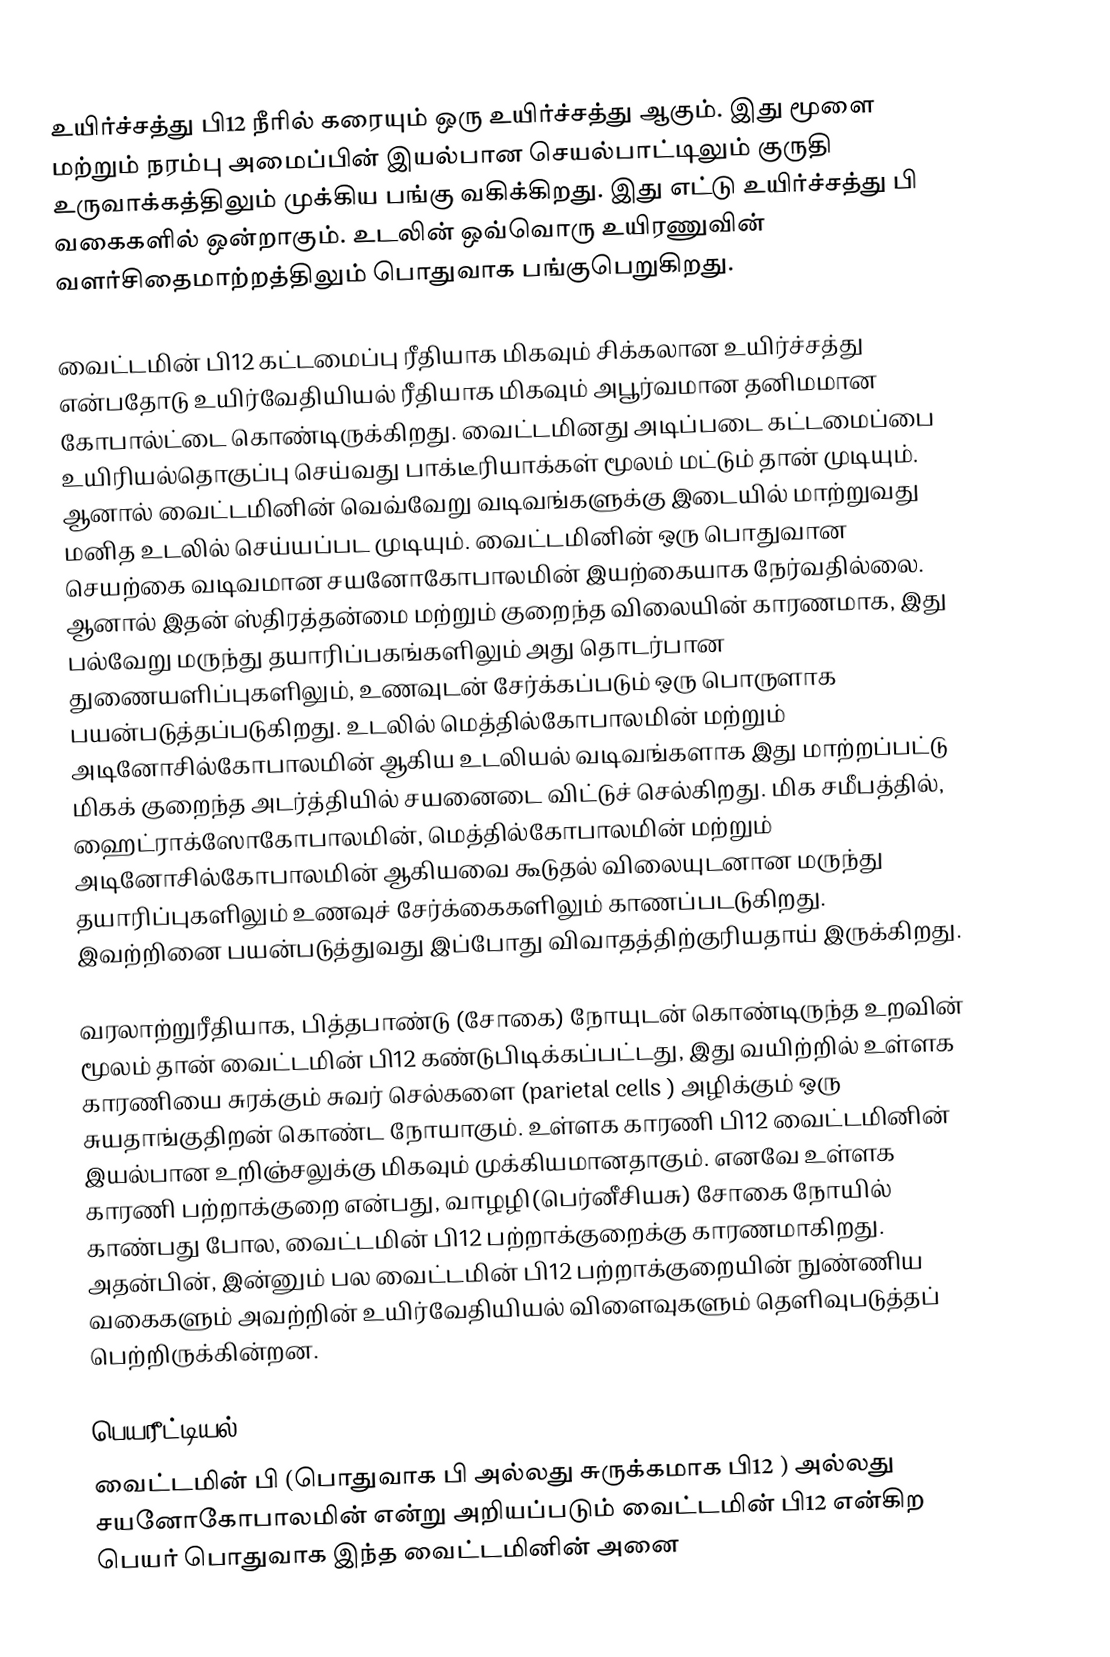
உயிர்ச்சத்து பி12 நீரில் கரையும் ஒரு உயிர்ச்சத்து ஆகும். இது மூளை மற்றும் நரம்பு அமைப்பின் இயல்பான செயல்பாட்டிலும் குருதி உருவாக்கத்திலும் முக்கிய பங்கு வகிக்கிறது. இது எட்டு உயிர்ச்சத்து பி வகைகளில் ஒன்றாகும். உடலின் ஒவ்வொரு உயிரணுவின் வளர்சிதைமாற்றத்திலும் பொதுவாக பங்குபெறுகிறது.

வைட்டமின் பி12 கட்டமைப்பு ரீதியாக மிகவும் சிக்கலான உயிர்ச்சத்து என்பதோடு உயிர்வேதியியல் ரீதியாக மிகவும் அபூர்வமான தனிமமான கோபால்ட்டை கொண்டிருக்கிறது. வைட்டமினது அடிப்படை கட்டமைப்பை உயிரியல்தொகுப்பு செய்வது பாக்டீரியாக்கள் மூலம் மட்டும் தான் முடியும். ஆனால் வைட்டமினின் வெவ்வேறு வடிவங்களுக்கு இடையில் மாற்றுவது மனித உடலில் செய்யப்பட முடியும். வைட்டமினின் ஒரு பொதுவான செயற்கை வடிவமான சயனோகோபாலமின் இயற்கையாக நேர்வதில்லை. ஆனால் இதன் ஸ்திரத்தன்மை மற்றும் குறைந்த விலையின் காரணமாக, இது பல்வேறு மருந்து தயாரிப்பகங்களிலும் அது தொடர்பான துணையளிப்புகளிலும், உணவுடன் சேர்க்கப்படும் ஒரு பொருளாக பயன்படுத்தப்படுகிறது. உடலில் மெத்தில்கோபாலமின் மற்றும் அடினோசில்கோபாலமின் ஆகிய உடலியல் வடிவங்களாக இது மாற்றப்பட்டு மிகக் குறைந்த அடர்த்தியில் சயனைடை விட்டுச் செல்கிறது. மிக சமீபத்தில், ஹைட்ராக்ஸோகோபாலமின், மெத்தில்கோபாலமின் மற்றும் அடினோசில்கோபாலமின் ஆகியவை கூடுதல் விலையுடனான மருந்து தயாரிப்புகளிலும் உணவுச் சேர்க்கைகளிலும் காணப்படடுகிறது. இவற்றினை பயன்படுத்துவது இப்போது விவாதத்திற்குரியதாய் இருக்கிறது.

வரலாற்றுரீதியாக, பித்தபாண்டு (சோகை) நோயுடன் கொண்டிருந்த உறவின் மூலம் தான் வைட்டமின் பி12 கண்டுபிடிக்கப்பட்டது, இது வயிற்றில் உள்ளக காரணியை சுரக்கும் சுவர் செல்களை (parietal cells ) அழிக்கும் ஒரு சுயதாங்குதிறன் கொண்ட நோயாகும். உள்ளக காரணி பி12 வைட்டமினின் இயல்பான உறிஞ்சலுக்கு மிகவும் முக்கியமானதாகும். எனவே உள்ளக காரணி பற்றாக்குறை என்பது, வாழழி(பெர்னீசியசு) சோகை நோயில் காண்பது போல, வைட்டமின் பி12 பற்றாக்குறைக்கு காரணமாகிறது. அதன்பின், இன்னும் பல வைட்டமின் பி12 பற்றாக்குறையின் நுண்ணிய வகைகளும் அவற்றின் உயிர்வேதியியல் விளைவுகளும் தெளிவுபடுத்தப் பெற்றிருக்கின்றன.

பெயரீட்டியல்
வைட்டமின் பி (பொதுவாக பி அல்லது சுருக்கமாக பி12 ) அல்லது சயனோகோபாலமின் என்று அறியப்படும் வைட்டமின் பி12 என்கிற பெயர் பொதுவாக இந்த வைட்டமினின் அனை